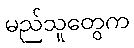
မည်သူတွေက